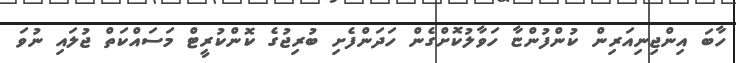
ހާބަ އިންޖިނިއަރިން ކުންފުންޏާ ހަވާލުކޮށްގެން ހަދަންފެށި ބުރިޖުގެ ކޮންކުރީޓް މަސައްކަތް ޖުލައި ނުވަ